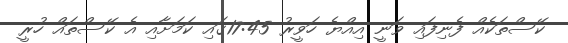
ކޭސްތަކެއް ފެނިފައި ވަނީ އިއްޔެ ހަވީރު 17:45ގައި ކަމަށާއި އެ ކޭސްތައް ހުރީ